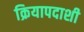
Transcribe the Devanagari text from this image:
क्रियापदाशी